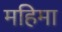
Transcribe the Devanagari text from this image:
महिमा